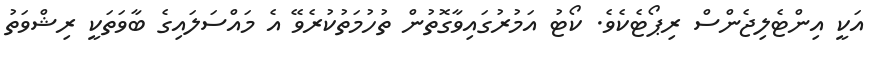
އަކީ އިންޓެލިޖެންސް ރިޕޯޓެކެވެ. ކޯޓު އަމުރުގައިވާގޮތުން ތުހުމަތުކުރެވޭ އެ މައްސަލައިގެ ބާވަތަކީ ރިޝްވަތު